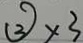
\textcircled { 3 } \times 3